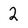
Character: 2